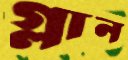
গ্লান